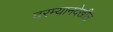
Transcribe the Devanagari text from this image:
दरम्यानदेखील